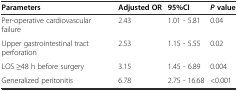
<table><thead><tr><td><b>Parameters</b></td><td><b>Adjusted OR</b></td><td><b>95%CI</b></td><td><b><i>P</i>value</b></td></tr></thead><tbody><tr><td>Per-operative cardiovascular failure</td><td>2.43</td><td>1.01 - 5.81</td><td>0.04</td></tr><tr><td>Upper gastrointestinal tract perforation</td><td>2.53</td><td>1.15 - 5.55</td><td>0.02</td></tr><tr><td>LOS ≥48 h before surgery</td><td>3.15</td><td>1.45 - 6.89</td><td>0.004</td></tr><tr><td>Generalized peritonitis</td><td>6.78</td><td>2.75 - 16.68</td><td>&lt;0.001</td></tr></tbody></table>